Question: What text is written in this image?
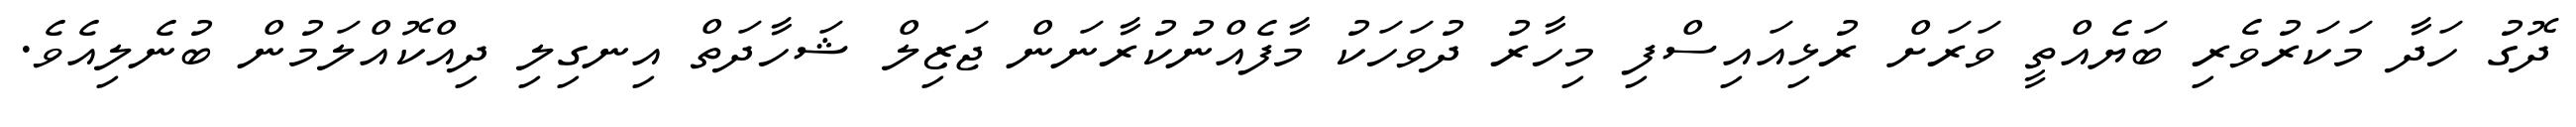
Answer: ދޮގު ހަދާ މަކަރުވެރި ބަޔެއްތީ ވަރަށް ރުޅިއައިސްފި މިހާރު ދުވަހަކު މާފެއްނުކުރާނަން ޖަޒިލް ޝަހާދަތް އިނގިލި ދިއްކޮއްލަމުން ބުނެލިއެވެ.